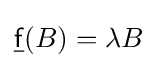
{\underline {\mathsf {f}}}(B)=\lambda B